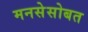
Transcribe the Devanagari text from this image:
मनसेसोबत